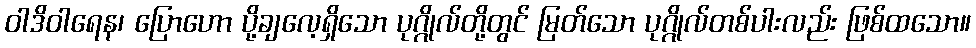
ဝါဒိဝါရေန၊ ပြောဟော ပို့ချလေ့ရှိသော ပုဂ္ဂိုလ်တို့တွင် မြတ်သော ပုဂ္ဂိုလ်တစ်ပါးလည်း ဖြစ်ထသော။